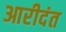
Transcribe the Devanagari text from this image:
आरीदंत